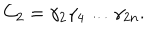
LaTeX: C _ { 2 } = \gamma _ { 2 } \gamma _ { 4 } \ldots \gamma _ { 2 n } .